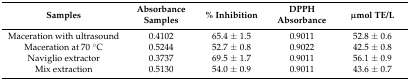
| Samples | Absorbance Samples | % Inhibition | DPPH Absorbance | μmol TE/L |
 | --- | --- | --- | --- | --- |
 | Maceration with ultrasound | 0.4102 | 65.4 ± 1.5 | 0.9011 | 52.8 ± 0.6 |
 | Maceration at 70 °C | 0.5244 | 52.7 ± 0.8 | 0.9022 | 42.5 ± 0.8 |
 | Naviglio extractor | 0.3737 | 69.5 ± 1.7 | 0.9011 | 56.1 ± 0.9 |
 | Mix extraction | 0.5130 | 54.0 ± 0.9 | 0.9011 | 43.6 ± 0.7 |